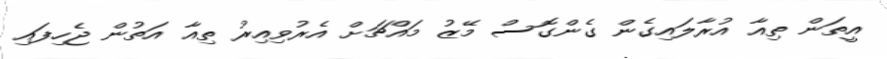
އީތަން ތިއާ އުރާލައިގެން ގެންގޮސް މޭޒު މައްޗަށް އެރުވިއިރު ތިއާ އަތުން ޖެހިފައި